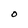
Character: O